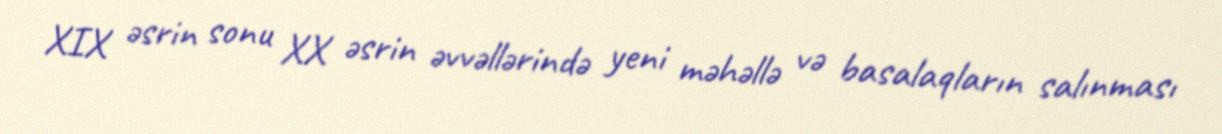
XIX əsrin sonu XX əsrin əvvəllərində yeni məhəllə və basalaqların salınması